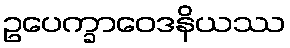
ဥပေက္ခာဝေဒနိယဿ